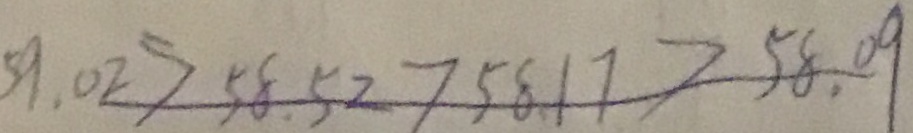
5 9 . 0 2 > 5 8 . 5 2 > 5 8 . 1 7 > 5 8 . 0 9